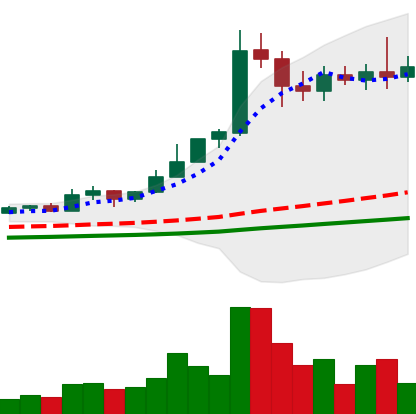
Ticker: ETC-USD
Chart end date: 2021-02-21
Forward return: -31.534%
Label: down_7plus